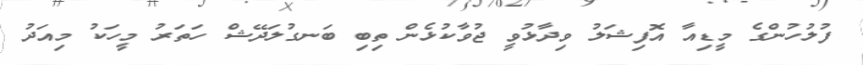
ފުލުހުންގެ މީޑިއާ އޮފިޝަލު ވިދާޅުވީ ޖުވާކުޅެން ތިބި ބަނގުލަދޭޝް ހަތަރު މީހަކު މިއަދު